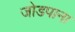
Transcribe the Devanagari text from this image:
जोडपाना